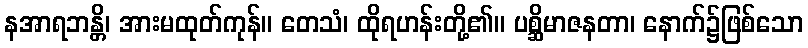
နအာရဘန္တိ၊ အားမထုတ်ကုန်။ တေသံ၊ ထိုရဟန်းတို့၏။ ပစ္ဆိမာဇနတာ၊ နောက်၌ဖြစ်သော